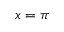
x = \pi